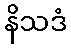
နိသဒံ